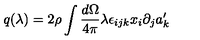
q ( \lambda ) = 2 \rho \int \frac { d \Omega } { 4 \pi } \lambda \epsilon _ { i j k } x _ { i } \partial _ { j } a _ { k } ^ { \prime }